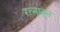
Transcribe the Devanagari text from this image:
रत्‍नातून